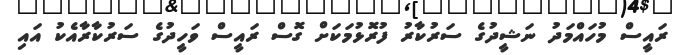
ރައީސް މުހައްމަދު ނަޝީދުގެ ސަރުކާރު ފުރޮޅުމަކަށް ގޮސް ރައީސް ވަހީދުގެ ސަރުކާރާއެކު އައި